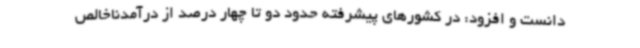
دانست و افزود: در کشورهای پیشرفته حدود دو تا چهار درصد از درآمدناخالص